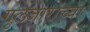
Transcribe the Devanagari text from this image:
गुलजारांच्या